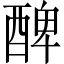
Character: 𨡕